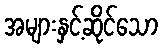
အများနှင့်ဆိုင်သော